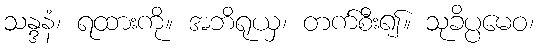
သန္ဒနံ၊ ရထားကို။ အဘိရုယှ၊ တက်စီး၍။ သုခိပ္ပမေဝ၊